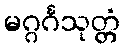
မဂ္ဂင်္ဂသုတ္တံ